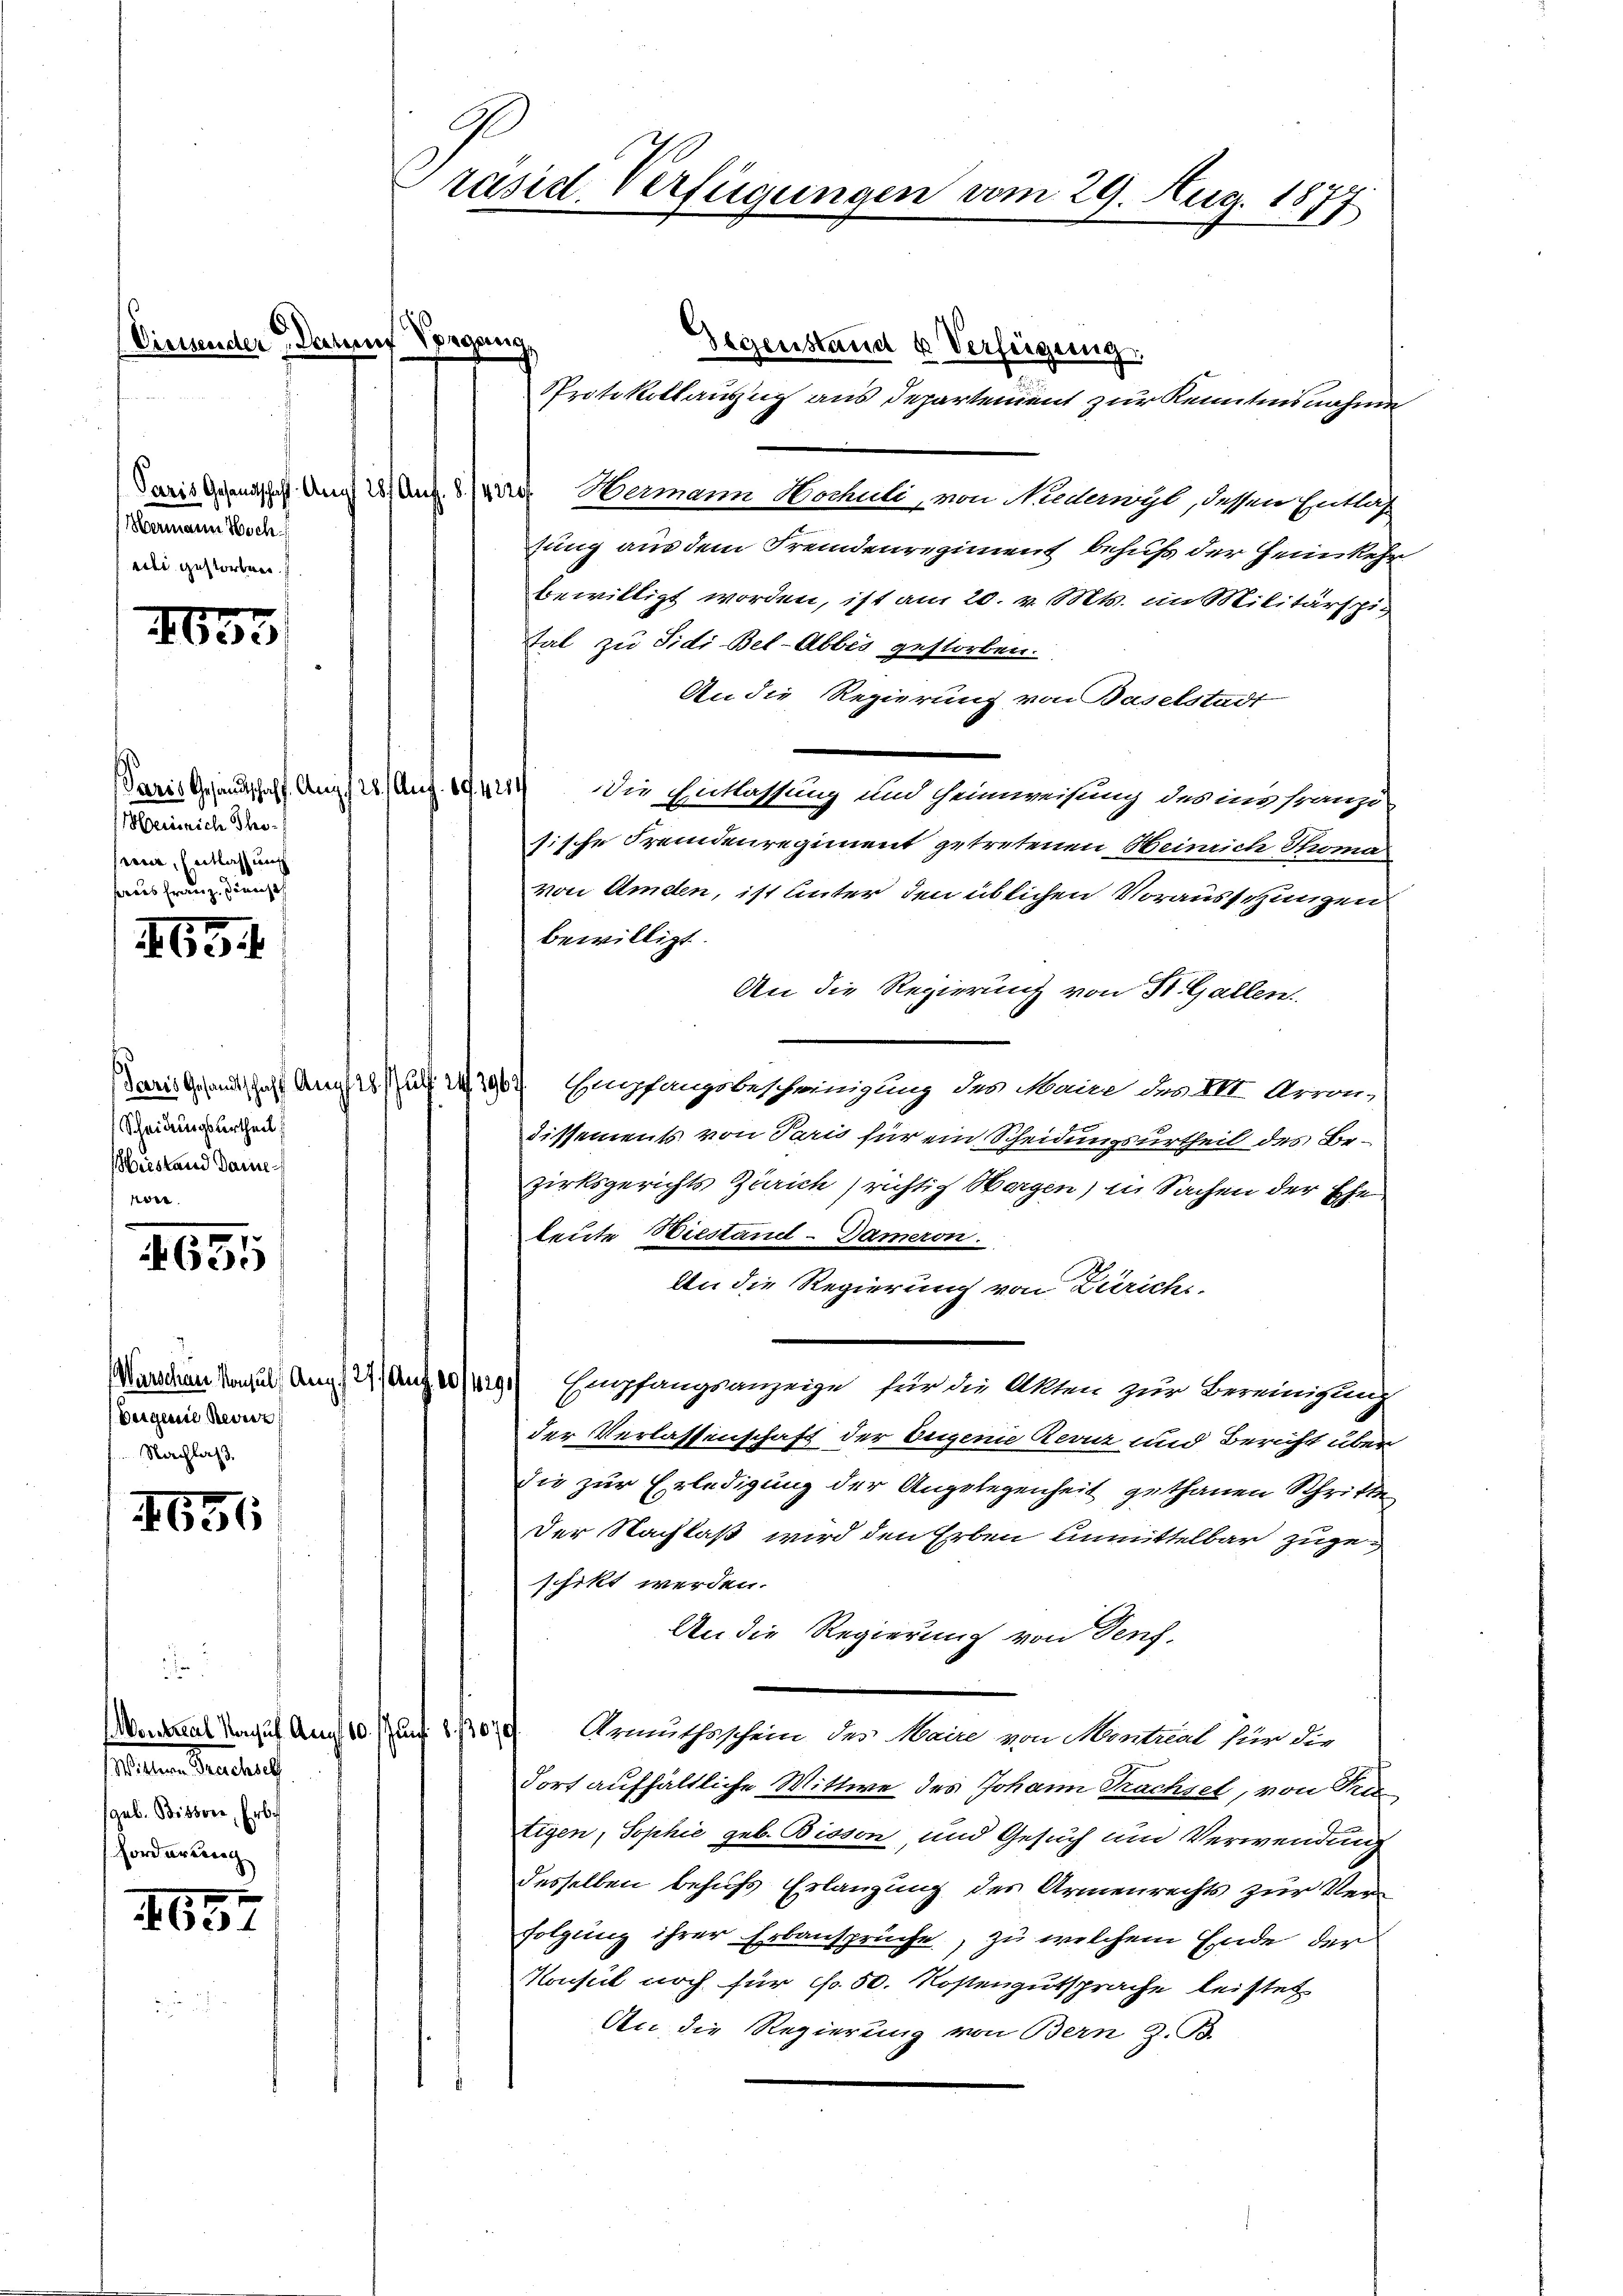
(Diesender Darun

Blamann Noch
eili gestorben

1653

Paris Gesandtschaff Aug. 28. Aug. 19. 4214/
Heinrich Thosein, Entlassung
haus Franz, dien

G3

Scheidungsurtheil
iestand Dame

1
6600

Beigene Revis

1651

Montreul Kauf Anselten Seelend
geb. Bissore, Erbe
Forderung

1657

G.
räsid. Verfügungen vom 29. Aug. 1877

Spreng
Saris Gesandschaft. Aug 28/ Ant. 8 (erp. Wermann Hochuli, von Nadeyl, dessen Entlag
sung aus dem Fremdenregiment behuf der Heimkehr
bewilligt worden, ist am 20. v. Mts. im Militärspie
tal zu Sidi Bel-Abbes gestorben.
An die Regierung von Baselstadt
die Entlassung und Heimweisung des ins Franze
sische Fremdenregiment getretenen Heinrich Thoma
von Amden, ist unter den üblichen Vorausschungen
bewilligt.
An die Regierung von St. Gallen.
Paris Gesandtschaft Arg. 28 uff. 243967. Empfangsbescheinigung des Maue des III Arron,
Dissements von Paris für ein Scheidungsurtheil des Bezirksgerichts Zürich richtig Morgen) in Sachen der Ehe
leute Biestand-Dameron
An die Regierung von Zürich.
Marchen konsuls Aug.1 2) Auf 1/9.) Empfangsanzeige für die Akten zur Bereinigteit
der Verlassenschaft der Eugenie Reiz und Bericht über
die zur Erledigung der Angelegenheit gethanen Schritte
Der Nachlaß wird den Erben unmittelbar zugeschikt werden.
An die Regierung von Denf.
 den Armuthsschein des Maire von Montral für die
dort aufhältliche Wittwe des Johann Rachsel, von Fra
tigen, Sophie geb. Bisson, und Gesuch um Verwendung
desselben behufs Erlangung des Armenrechts zur Verfolgung ihrer Erbansprüche, zu welchem Ende der
Konsul noch für fl. 50. Kostengutsprache leistet
An, die Regierung von Bern z. B.

Gegenstand u. Verfeigung.
Protokollauszug aus Departement zur Kenntnisnahme